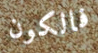
فالكون